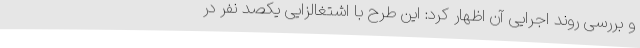
و بررسی روند اجرایی آن اظهار کرد: این طرح با اشتغالزایی یکصد نفر در